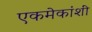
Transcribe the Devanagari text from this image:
एकमेकांशीं